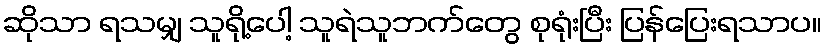
ဆိုသာ ရသမျှ သူရို့ပေါ့ သူရဲသူဘက်တွေ စုရုံးပြီး ပြန်ပြေးရသာပ။